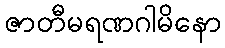
ဇာတီမရဏဂါမိနော